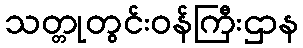
သတ္တုတွင်းဝန်ကြီးဌာန